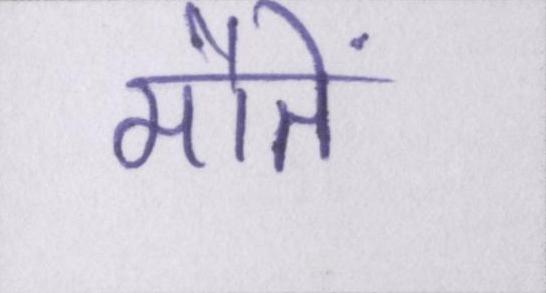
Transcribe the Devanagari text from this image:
मौतें